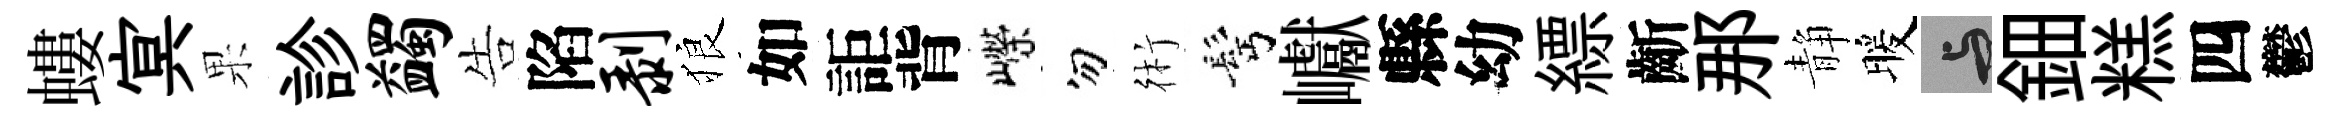
螻㝠果診蠲告陷剥狼如詎背嶸勿術髩巘縣幼縹齗那静暖与鈿糕四鬱